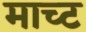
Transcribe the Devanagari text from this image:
माच्ट